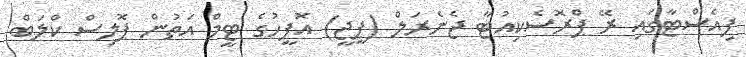
ފިއެސްޓާގައި ރޭ ޕްރޮސެކިއުޓާ ޖެނެރަލް (ޕީޖީ) އޮފީހުގެ ޓީމް އަތުން ޕޮލިސް ކްލަބް